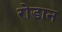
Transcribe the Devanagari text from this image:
रोडान